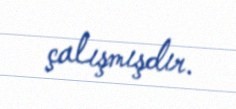
çalışmışdır.